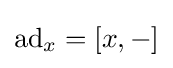
\mathrm {ad} _{x}=[x,-]